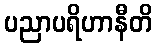
ပညာပရိဟာနီတိ